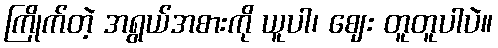
ကြိုက်တဲ့ အရွယ်အစားကို ယူပါ၊ ဈေး တူတူပါပဲ။